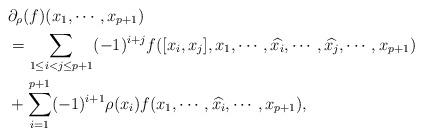
LaTeX: \begin{align*} &\partial_{\rho}(f)(x_1,\cdots,x_{p+1})\\ &=\sum_{1\leq i < j \leq p+1}(-1)^{i+j}f([x_i,x_j],x_1,\cdots,\widehat{x_i},\cdots,\widehat{x_j},\cdots,x_{p+1})\\ &+\sum_{i=1}^{p+1}(-1)^{i+1}\rho(x_i)f(x_1,\cdots,\widehat{x_i},\cdots,x_{p+1}),\end{align*}